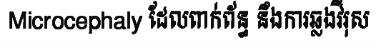
Microcephaly ដែលពាក់ព័ន្ធ នឹងការឆ្លងវីរុស